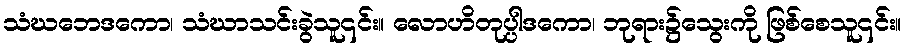
သံဃဘေဒကော၊ သံဃာသင်းခွဲသူ၎င်း။ လောဟိတုပ္ပါဒကော၊ ဘုရား၌သွေးကို ဖြစ်စေသူ၎င်း။